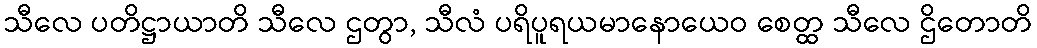
သီလေ ပတိဋ္ဌာယာတိ သီလေ ဌတွာ, သီလံ ပရိပူရယမာနောယေဝ စေတ္ထ သီလေ ဌိတောတိ